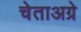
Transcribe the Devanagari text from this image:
चेताअग्रे